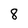
Character: 8